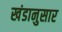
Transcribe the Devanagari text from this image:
खंडानुसार